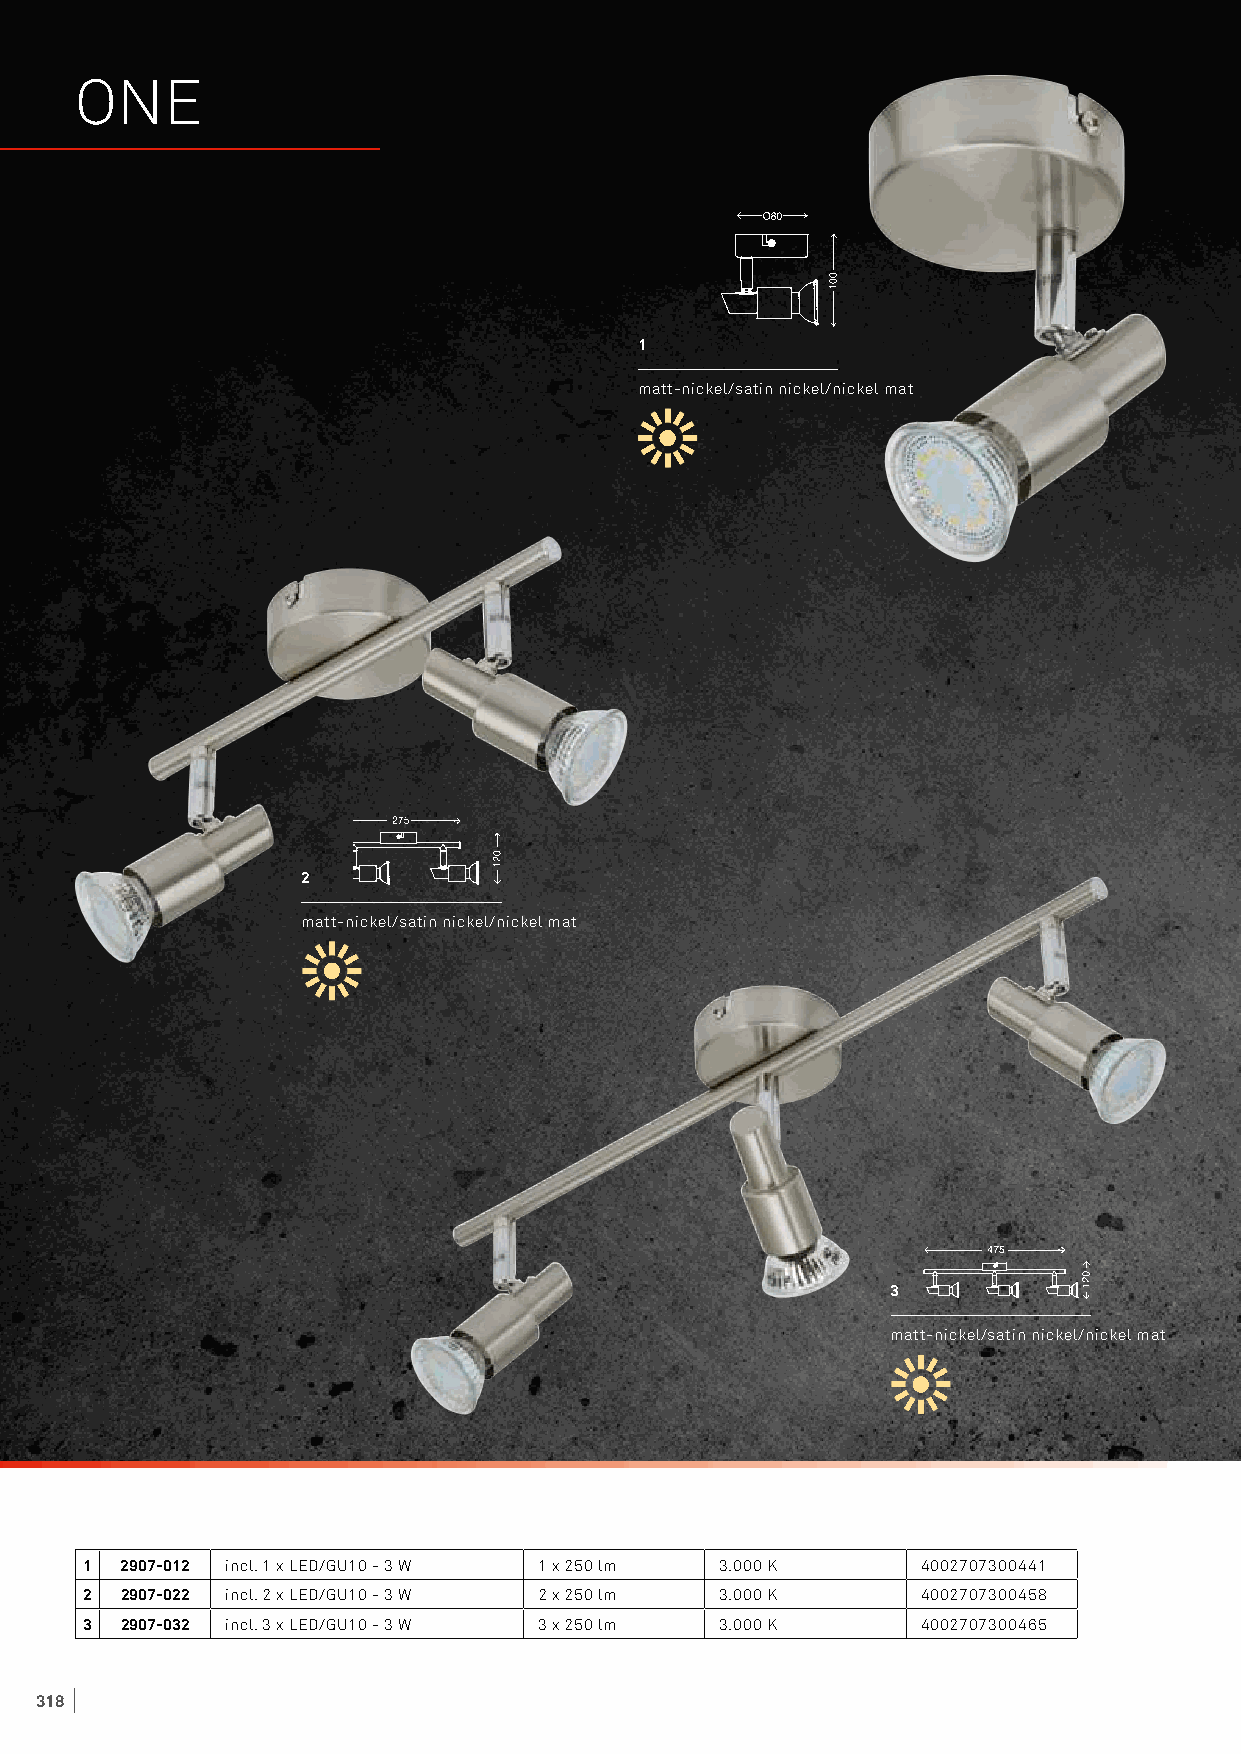
ONE
 1
 matt-nickel/satin nickel/nickel mat
 2
 matt-nickel/satin nickel/nickel mat
 3
 matt-nickel/satin nickel/nickel mat
 1 2907-012 incl. 1 x LED/GU10 - 3 W 1 x 250 lm 3.000 K 4002707300441
 2 2907-022 incl. 2 x LED/GU10 - 3 W 2 x 250 lm 3.000 K 4002707300458
 3 2907-032 incl. 3 x LED/GU10 - 3 W 3 x 250 lm 3.000 K 4002707300465
 318